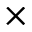
\times